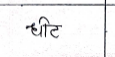
मजकूर: धीट